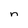
Character: n